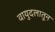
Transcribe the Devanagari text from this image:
वायुदलातून